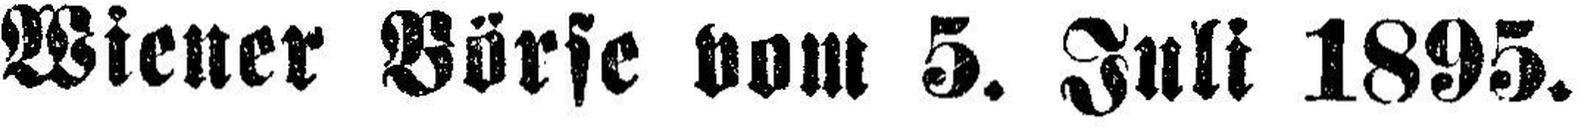
Wiener Börse vom 5. Juli 1895.